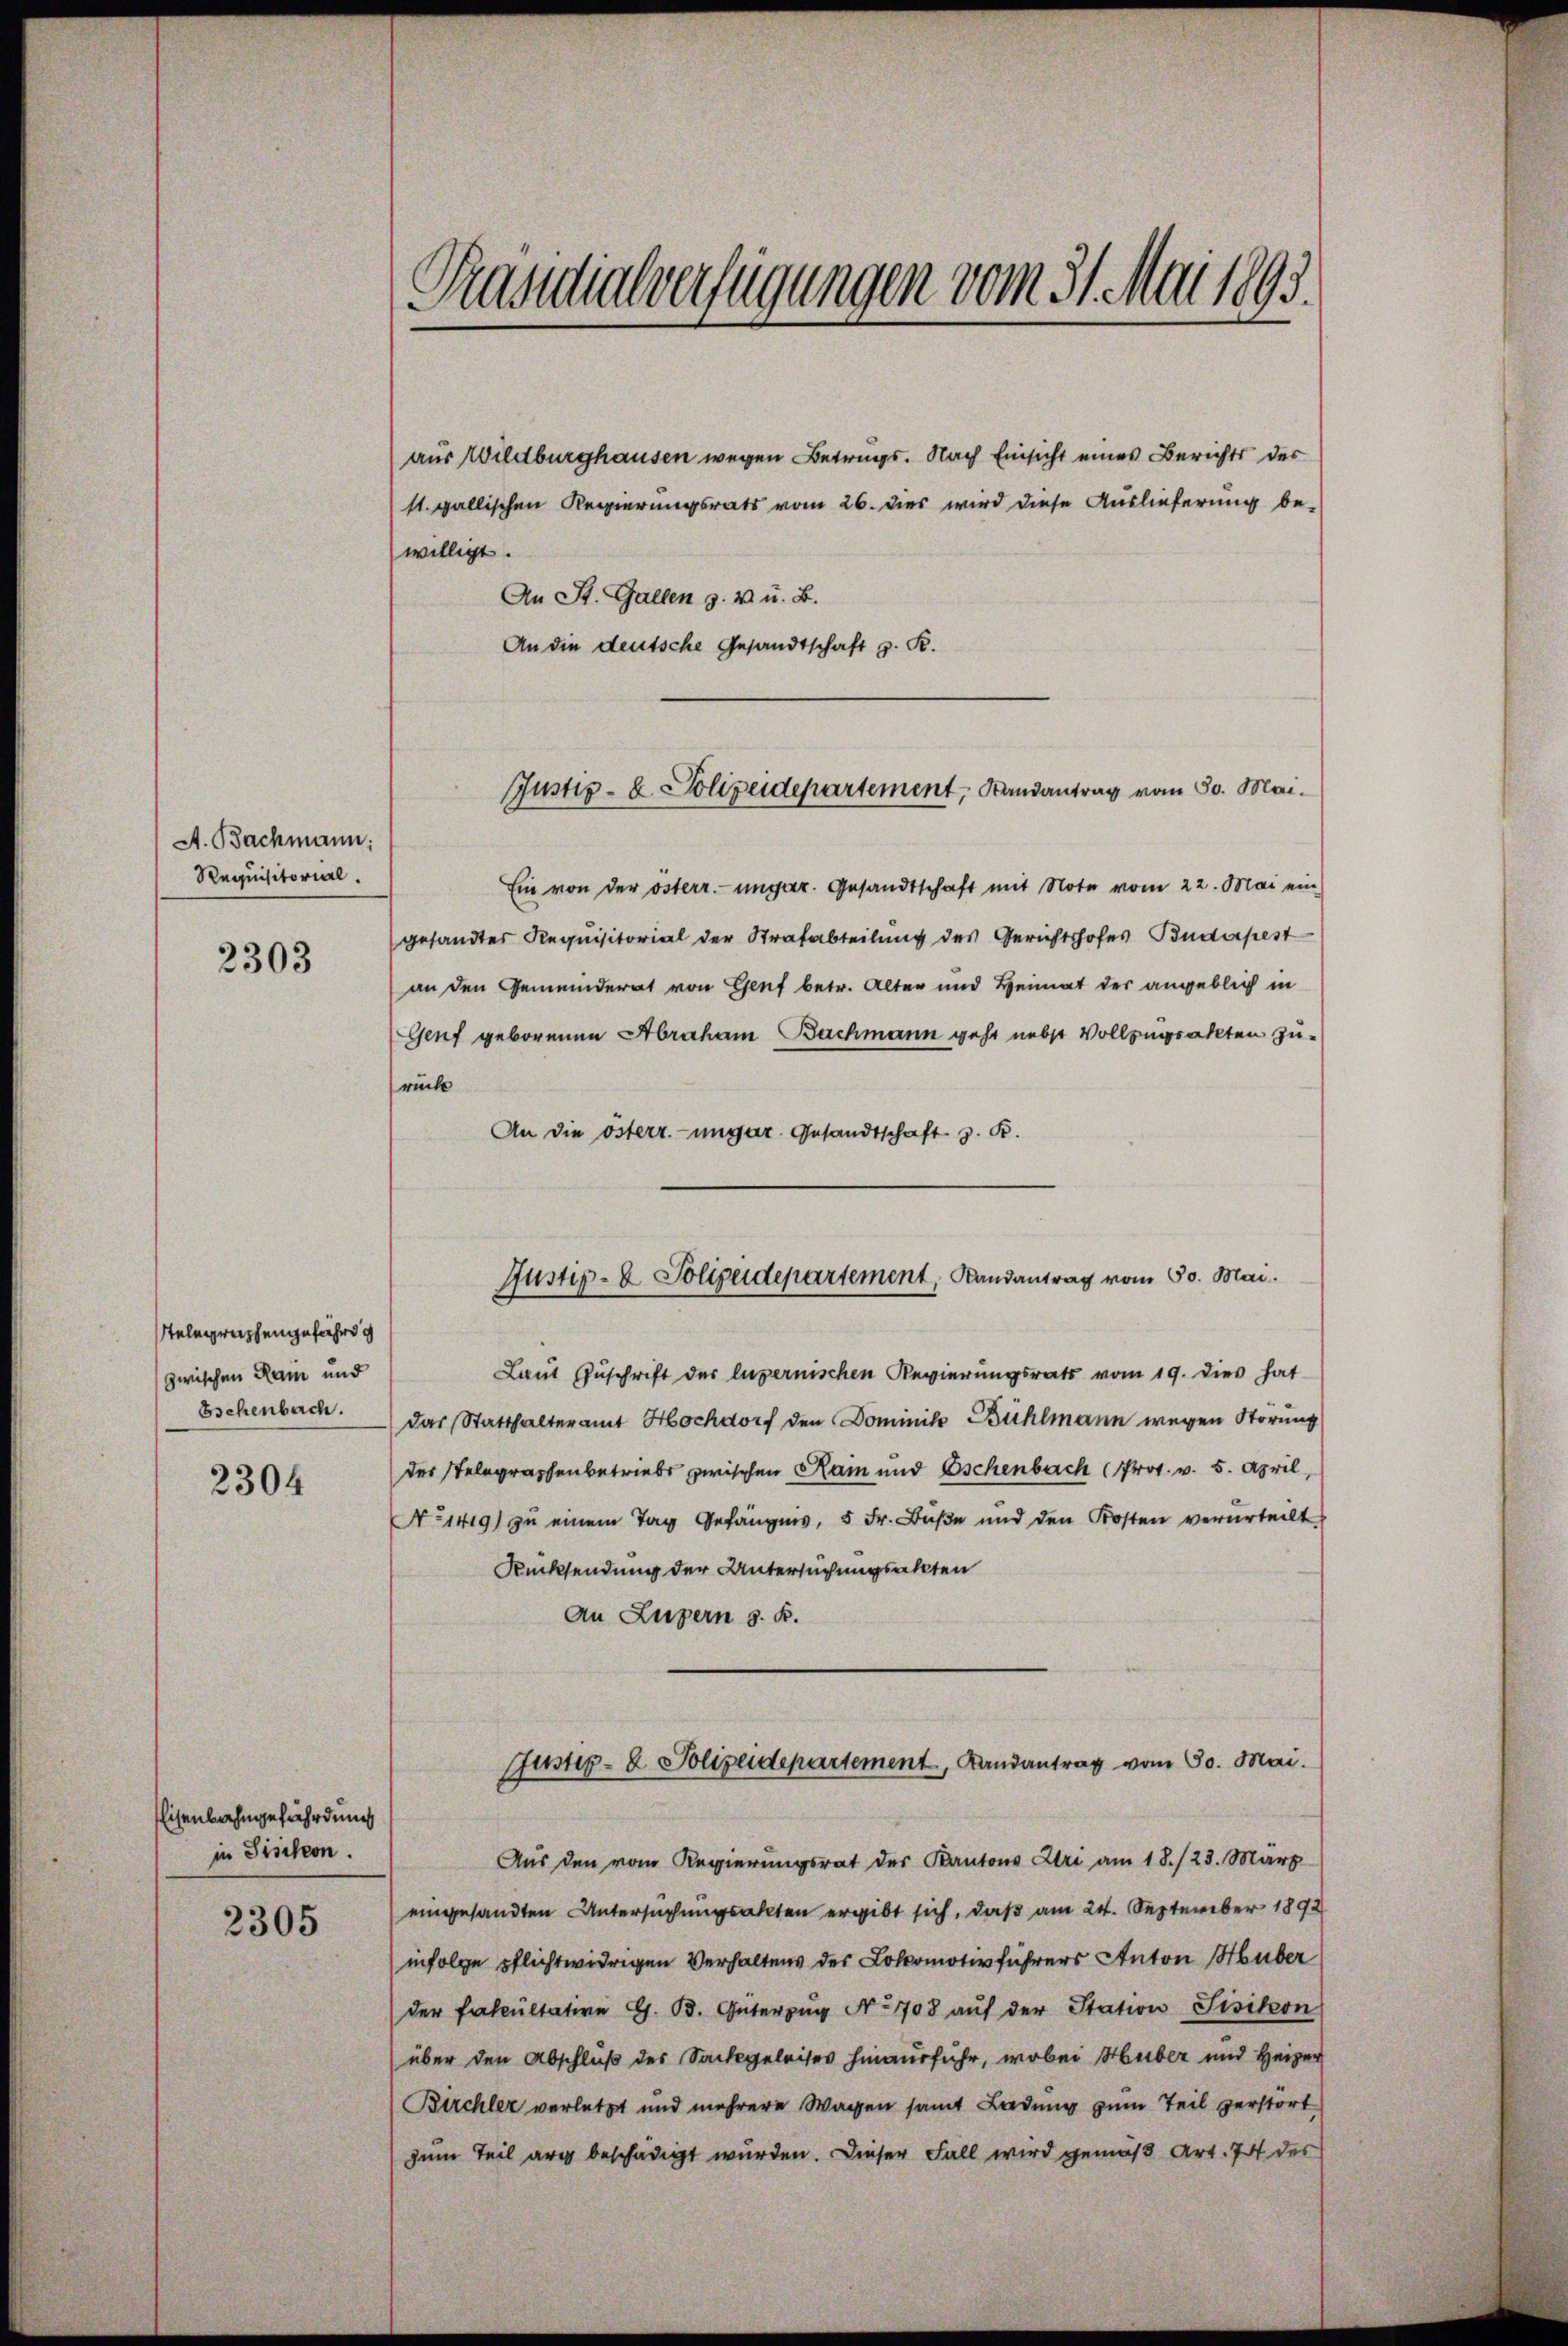
A. Bachmann:
Requisitorial.

2303

telegraphengefährd
zwischen Ram und
Eschenbach.

2304

Eisenbahngefährdung
in Fischon.

2305

Präsidialverfügungen vom 31. Mai 1893.

aus Wildburghausen wegen Betrags. Nach Einsicht eines Berichts der
st. gallischen Regierungsrats vom 26. dies wird diese Auslieferung be-
willigt.
An St. Gallen z. v. u. B.
An die deutsche Gesandtschaft z. K.

Ein von der österr.-ungar. Gesandtschaft mit Note vom 22. Mai ein
gesandtes Requisitorial der Strafabteilung des Gerichtshofes Budapest
an den Gemeinderat von Genf betr. Alter und Heimat der angeblich in
Genf geborenen Abraham Bachmann geht nebst Vollzugsakten zu-
rüche
An die österr.-ungar. Gesandtschaft z. R.

Justiz- & Polizeidepartement, Randantrag vom 30. Mai.

Laut Zuschrift der luzernischen Regierungsrats vom 19. dies hat
das Statthalteramt Hochdorf den Dominik Bühlmann wegen Störung
der Stelegraphenbetriebe zwischen Rain und Eschenbach Prot. v. 5. April,
No 1419) zu einem Tag Gefängnis, 5 Fr. Buße und den Kosten verurteilt
Rücksendung der Untersuchungsakten
An Luzern s. R.
Justiz- & Polizeidepartement, Landantrag vom 30. Mai.
Aus den vom Regierungsrat des Kantons Uri am 18./23. März
eingesandten Untersuchungsakten ergibt sich, daß am 24. September 1892
infolge pflichtwidrigen Verhaltens des Lokomotivführers Anton Huber
der Fakultative G. B. Güterzug No 708 auf der Station Sisikon
über den Abschluß des Sackgeleises hinausführ, wobei Huber und Heizer
Birchler verletzt und mehrere Wagen samt Ladung zum Teil zerstort
zum Teil arg beschädigt wurden. Dieser Fall wird gemäß Art. 74 des

Justiz- & Polizeidepartement, Randantrag vom 30. Mai.